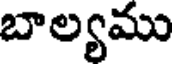
బాల్యము